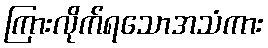
ကြားလိုက်ရသောအသံကား